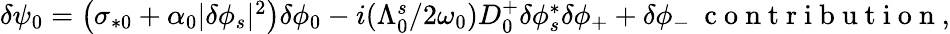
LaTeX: \begin{array}{r}{\delta\psi_{0}=\left(\sigma_{*0}+\alpha_{0}\lvert\delta\phi_{s}\rvert^{2}\right)\delta\phi_{0}-i(\Lambda_{0}^{s}/2\omega_{0})D_{0}^{+}\delta\phi_{s}^{*}\delta\phi_{+}+\delta\phi_{-}\ \mathrm{~c~o~n~t~r~i~b~u~t~i~o~n~},}\end{array}